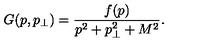
G ( p , p _ { \perp } ) = \frac { f ( p ) } { p ^ { 2 } + p _ { \perp } ^ { 2 } + M ^ { 2 } } .